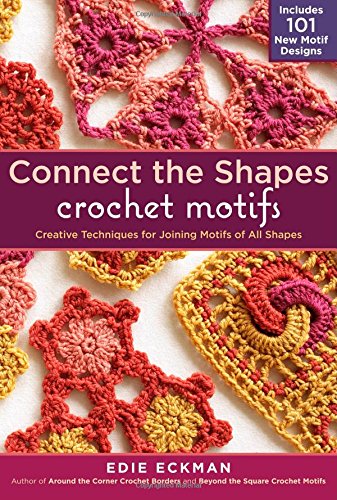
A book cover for Connect the Shapes Crochet Motifs: Creative Techniques for Joining Motifs of All Shapes; Includes 101 New Motif Designs; Edie Eckman; Crafts, Hobbies & Home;